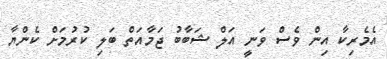
އެމެރިކާ އިން ވެސް ވަނީ އަލް ޝަބާބު ޖަމާއަތް ބަލި ކުރުމަށް ކެންޔާ